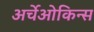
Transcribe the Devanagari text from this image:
अर्चेओकिन्स